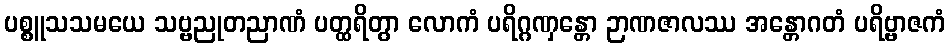
ပစ္စူသသမယေ သဗ္ဗညုတညာဏံ ပတ္ထရိတွာ လောကံ ပရိဂ္ဂဏှန္တော ဉာဏဇာလဿ အန္တောဂတံ ပရိဗ္ဗာဇကံ